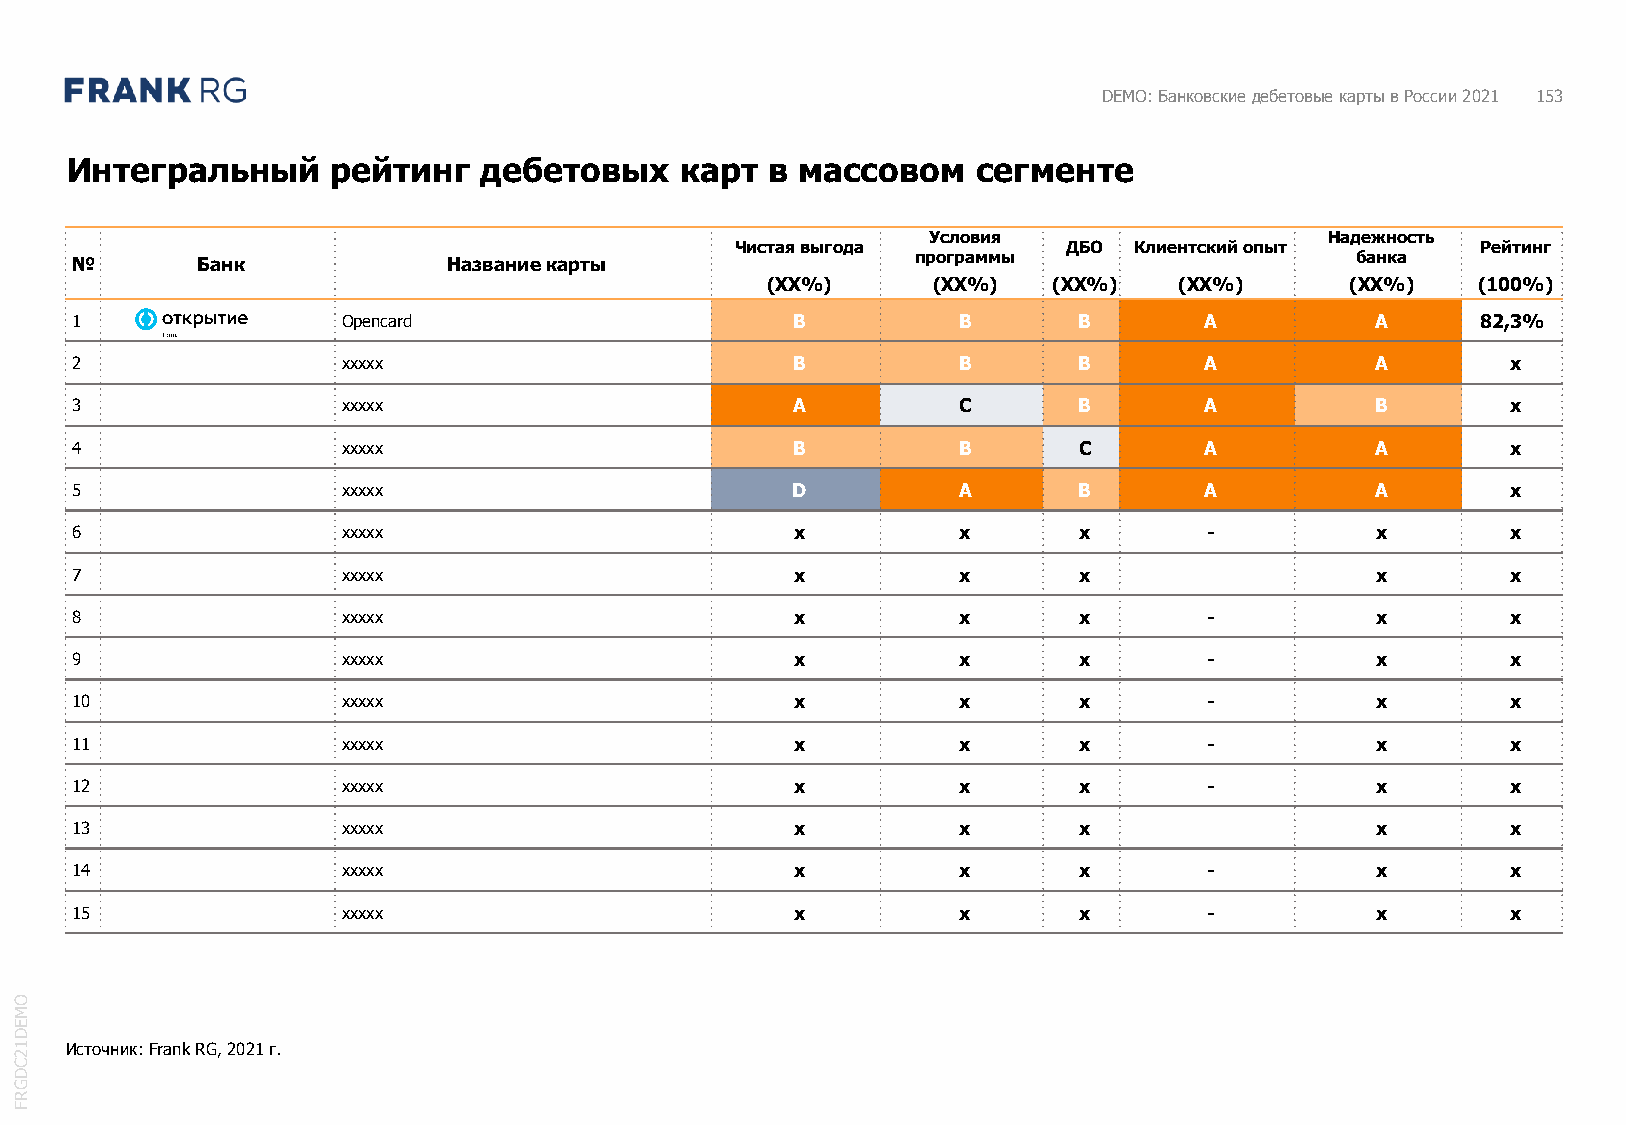
DEMO: Банковские дебетовые карты в России 2021 153
 Интегральный      рейтинг   дебетовых    карт  в массовом    сегменте
 Условия                    Надежность
 Чистая выгода         ДБО Клиентский опыт        Рейтинг
 №       Банк             Название карты                 программы                    банка
 (XX%)      (XX%)   (XX%)   (XX%)      (XX%)    (100%)
 1                 Opencard                     B          B       B        A          A      82,3%
 2                 xxxxx                        B          B       B        A          A        x
 3                 xxxxx                        A          C       B        A          B        x
 4                 xxxxx                        B          B       C        A          A        x
 5                 xxxxx                        D          A       B        A          A        x
 6                 xxxxx                         x         x       x        -          x        x
 7                 xxxxx                         x         x       x        A          x        x
 8                 xxxxx                         x         x       x        -          x        x
 9                 xxxxx                         x         x       x        -          x        x
 10                xxxxx                         x         x       x        -          x        x
 11                xxxxx                         x         x       x        -          x        x
 12                xxxxx                         x         x       x        -          x        x
 13                xxxxx                         x         x       x        A          x        x
 14                xxxxx                         x         x       x        -          x        x
 15                xxxxx                         x         x       x        -          x        x
 O
 M
 E
 D
 1  Источник: Frank RG, 2021г.
 2
 C
 D
 G
 R
 F